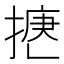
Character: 𢱅